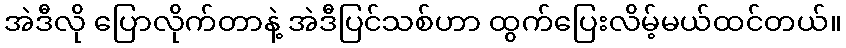
အဲဒီလို ပြောလိုက်တာနဲ့ အဲဒီပြင်သစ်ဟာ ထွက်ပြေးလိမ့်မယ်ထင်တယ်။